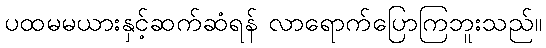
ပထမမယားနှင့်ဆက်ဆံရန် လာရောက်ပြောကြဘူးသည်။